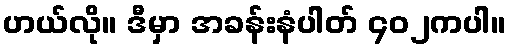
ဟယ်လို။ ဒီမှာ အခန်းနံပါတ် ၄၀၂ကပါ။